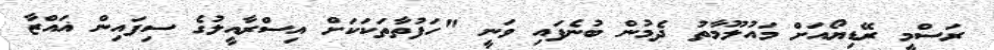
ރަސްމީ ރޭޑިޔޯއަށް މައުލޫމާތު ދެމުން ބުނެފައި ވަނީ "ހަފުތާތަކަކަށް އިސްރާއީލުގެ ސިފައިން ޣައްޒާ